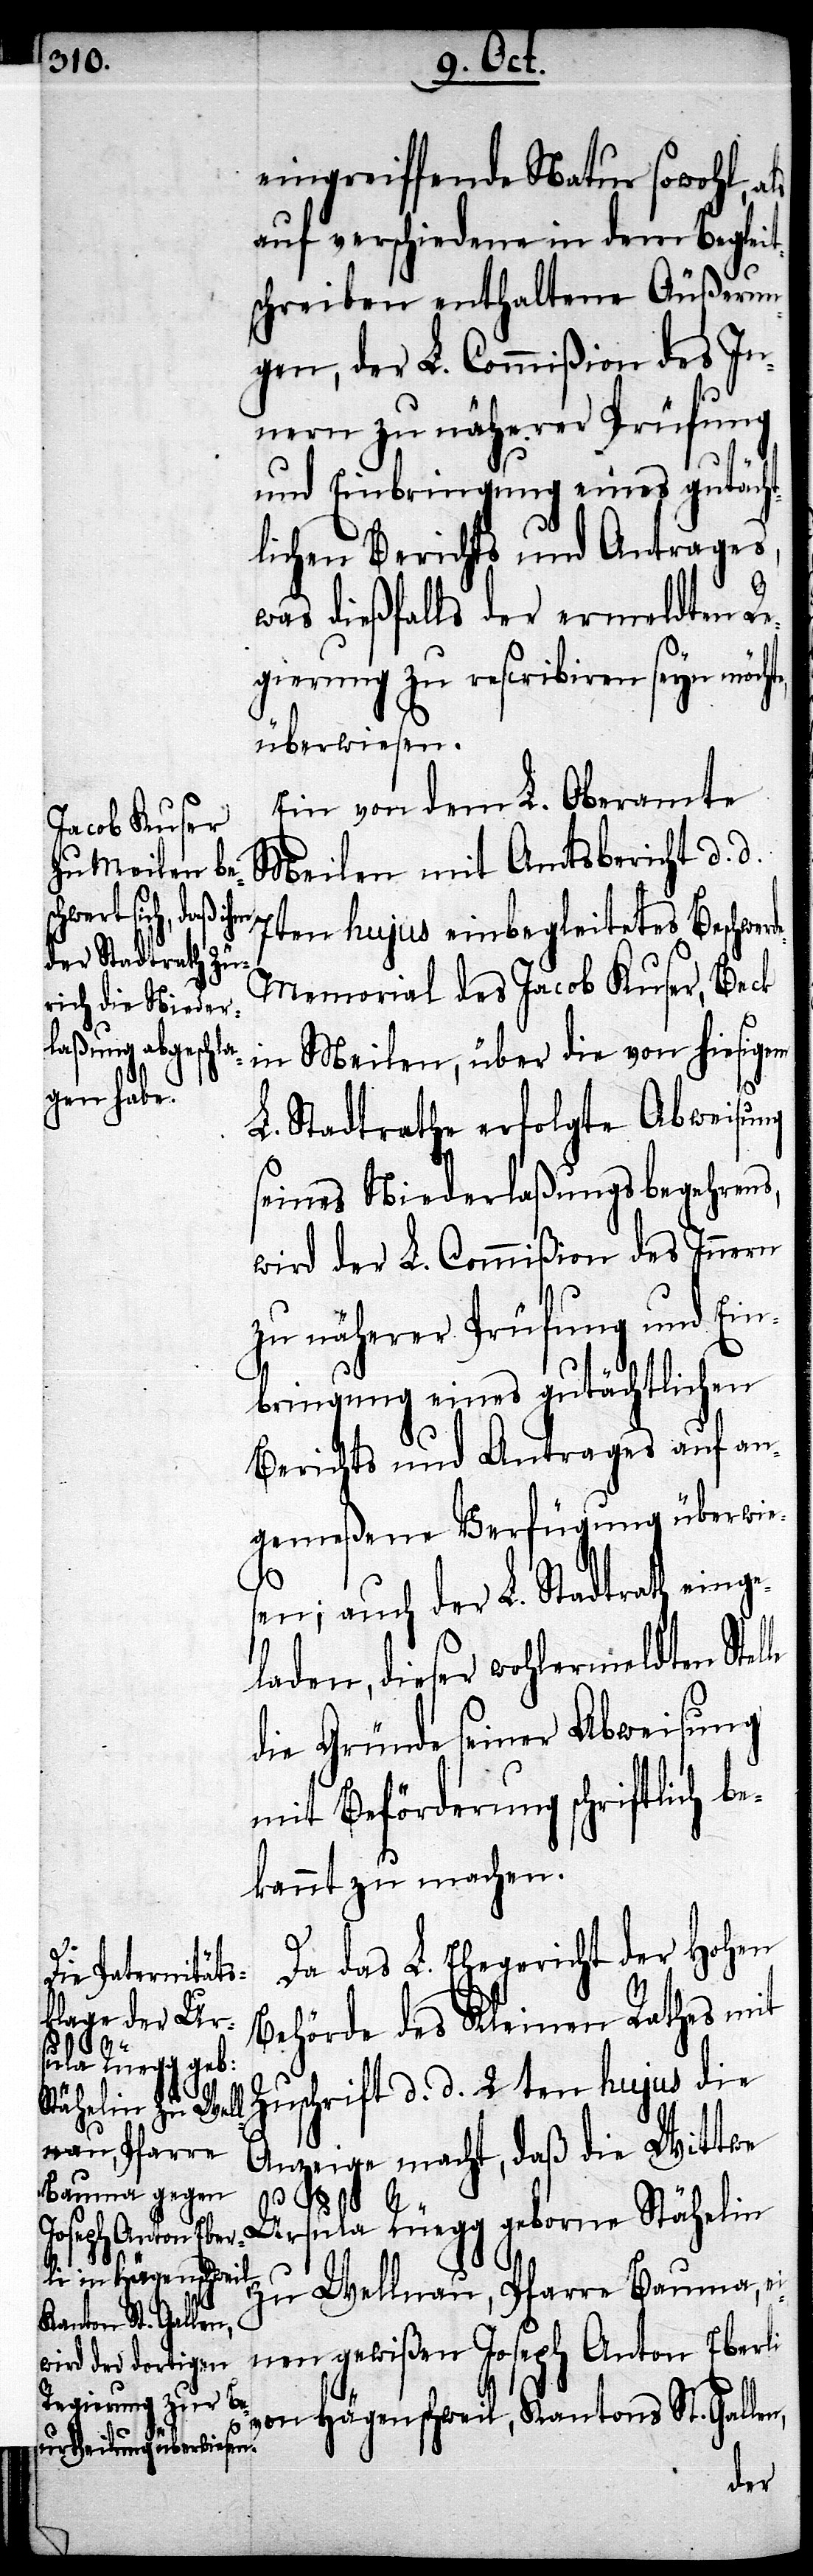
eingreiffende Natur sowohl, als
auf verschiedene in dem Begleit¬
schreiben enthaltene Äußerun¬
gen, der L. Commißion des In¬
nern zu näherer Prüfung
und Einbringung eines gutächt¬
lichen Berichts und Antrages,
was dießfalls der ermeldten Re¬
gierung zu rescribiren seyn möch¬
überwiesen.
Ein von dem L. Oberamte
Meilen mit Amtsbericht d. d.
7ten hujus einbegleitetes Beschwe¬
e-Memorial des Jacob Kufer, Beck
in Meilen, über die von hiesigem
rd¬
L. Stadtrathe erfolgte Abweisung
seines Niederlaßungsbegehrens,
wird der L. Commißion des Innern
zu näherer Prüfung und Ein¬
bringung eines gutächtlichen
Berichts und Antrages auf an¬
gemeßene Verfügung überwie¬
le
sen; auch der L. Stadtrath einge¬
laden, dieser wohlermeldten Stel¬
die Gründe seiner Abweisung
mit Beförderung schriftlich b¬
ekannt zu machen.
Da das L. Ehegericht der hohen
Behörde des Kleinen Rathes mit
Zuschrift d. d. 2ten hujus die
Anzeige macht, daß die Wittwe
Ursula Rüegg geborne Stähelin
zu Wellnau, Pfarre Bauma, e¬
inen gewißen Joseph Anton Eberli
von Hägenschweil, Kantons St. Gallen,